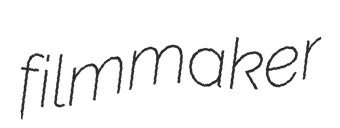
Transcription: filmmaker